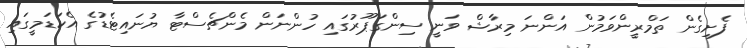
ފެށިގެން ތަމްރީންވަމުން އަންނަ މިރާޝް ވަނީ ސިންގަޕޫރުގައި ހުންނަން މެންޗެސްޓާ ޔުނައިޓެޑުގެ އެކަޑަމީގައި